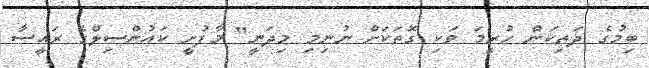
ބިމުގެ ދަތިކަން ހުރީމަ ވަކި ގޮތަކަށް ނުނިމި މިދަނީ" މާފުށީ ކައުންސިލްގެ ރައީސާ